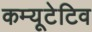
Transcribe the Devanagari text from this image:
कम्यूटेटिव